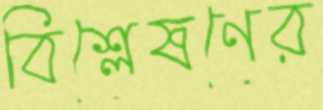
বিশ্লেষণের